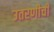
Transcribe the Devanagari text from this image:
उतरणीची